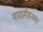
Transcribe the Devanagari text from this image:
पादसेवनम्।